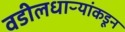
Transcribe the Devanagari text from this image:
वडीलधाऱ्यांकडून